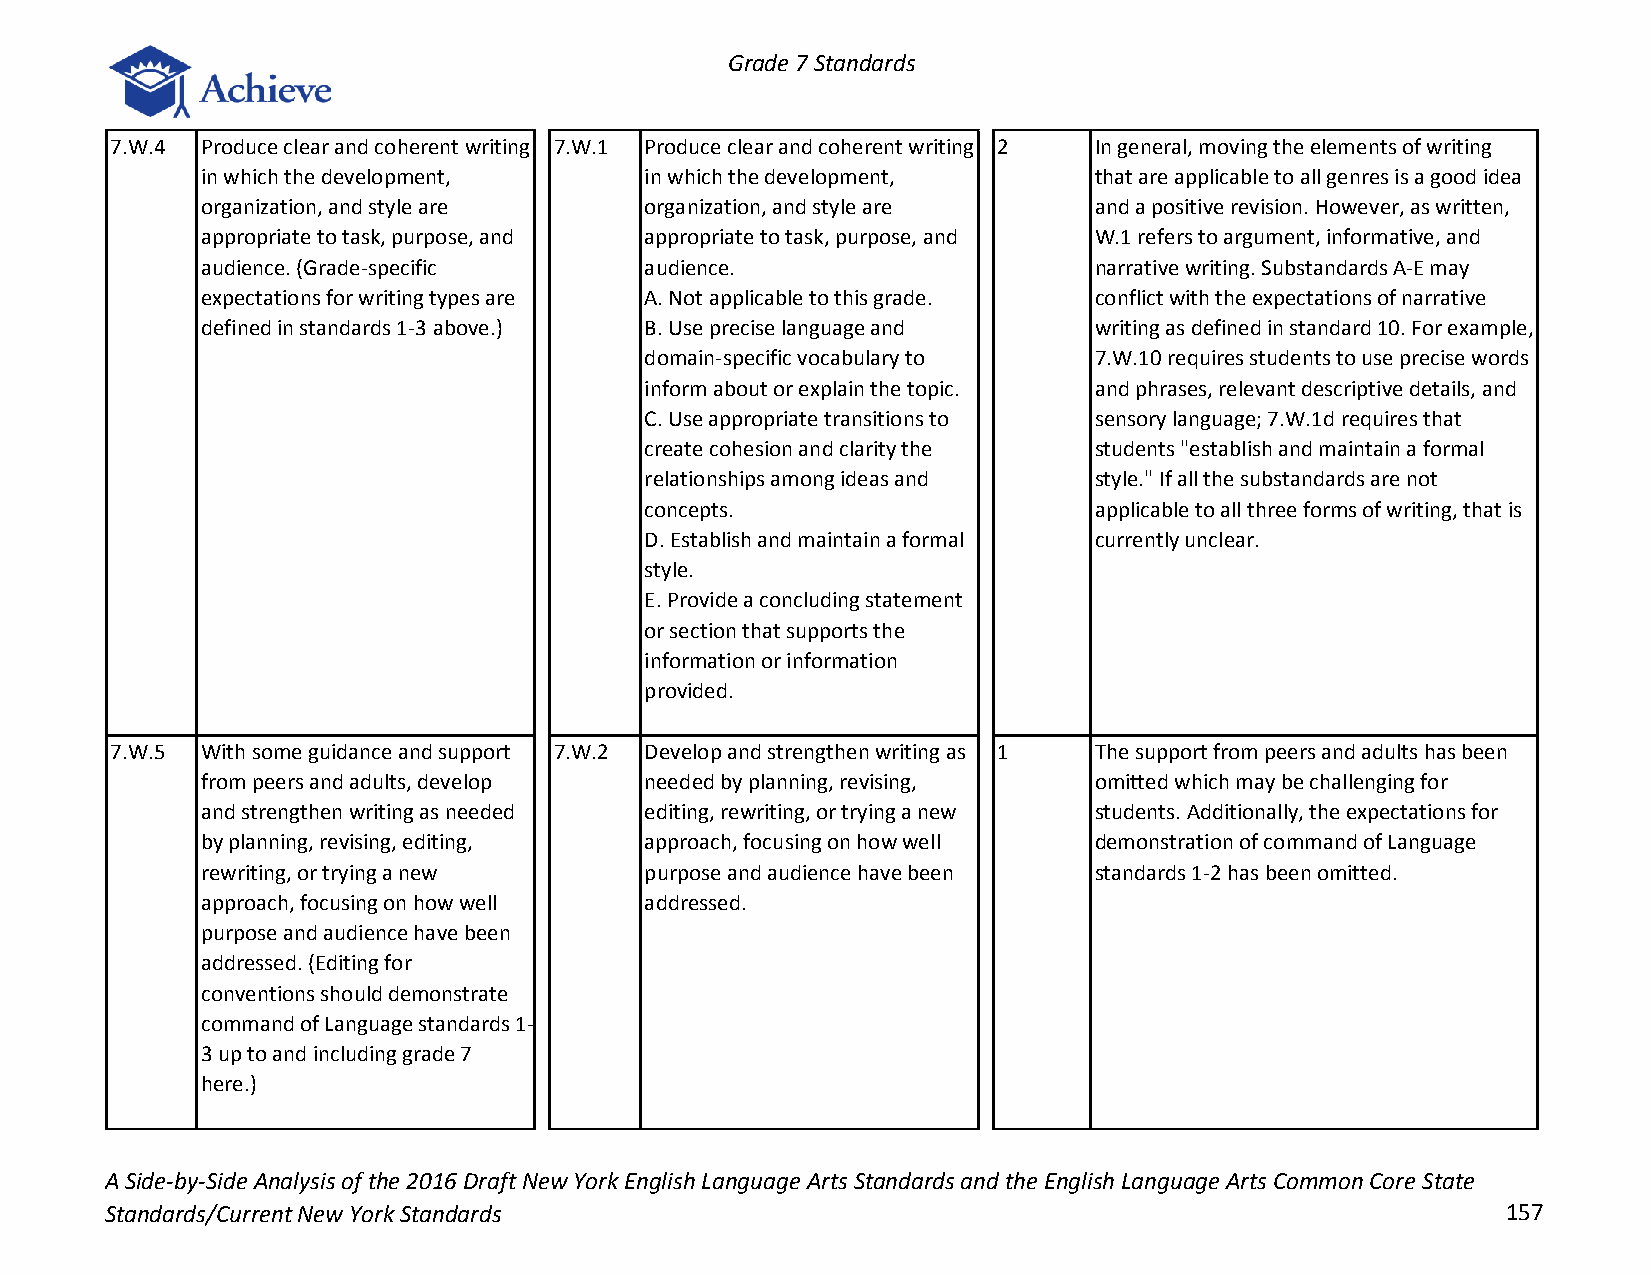
Grade 7 Standards
 7.W.4 Produce clear and coherent writing 7.W.1 Produce clear and coherent writing 2 In general, moving the elements of writing
 in which the development,     in which the development,    that are applicable to all genres is a good idea
 organization, and style are   organization, and style are  and a positive revision. However, as written,
 appropriate to task, purpose, and appropriate to task, purpose, and W.1 refers to argument, informative, and
 audience. (Grade-specific     audience.                    narrative writing. Substandards A-E may
 expectations for writing types are A. Not applicable to this grade. conflict with the expectations of narrative
 defined in standards 1-3 above.) B. Use precise language and writing as defined in standard 10. For example,
 domain-specific vocabulary to 7.W.10 requires students to use precise words
 inform about or explain the topic. and phrases, relevant descriptive details, and
 C. Use appropriate transitions to sensory language; 7.W.1d requires that
 create cohesion and clarity the students "establish and maintain a formal
 relationships among ideas and style." If all the substandards are not
 concepts.                    applicable to all three forms of writing, that is
 D. Establish and maintain a formal currently unclear.
 style.
 E. Provide a concluding statement
 or section that supports the
 information or information
 provided.
 7.W.5 With some guidance and support 7.W.2 Develop and strengthen writing as 1 The support from peers and adults has been
 from peers and adults, develop needed by planning, revising, omitted which may be challenging for
 and strengthen writing as needed editing, rewriting, or trying a new students. Additionally, the expectations for
 by planning, revising, editing, approach, focusing on how well demonstration of command of Language
 rewriting, or trying a new    purpose and audience have been standards 1-2 has been omitted.
 approach, focusing on how well addressed.
 purpose and audience have been
 addressed. (Editing for
 conventions should demonstrate
 command of Language standards 1-
 3 up to and including grade 7
 here.)
 A Side-by-Side Analysis of the 2016 Draft New York English Language Arts Standards and the English Language Arts Common Core State
 Standards/Current New York Standards                                                         157